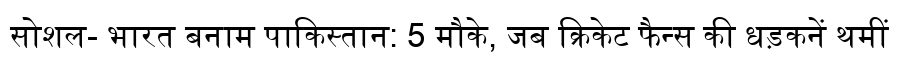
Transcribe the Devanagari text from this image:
सोशल- भारत बनाम पाकिस्तान: 5 मौके, जब क्रिकेट फैन्स की धड़कनें थमीं